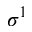
\sigma ^ { 1 }